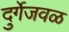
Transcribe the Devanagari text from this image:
दुर्गेजवळ